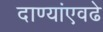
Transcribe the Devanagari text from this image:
दाण्यांएवढे